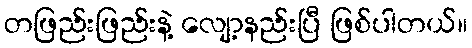
တဖြည်းဖြည်းနဲ့ လျော့နည်းပြီ ဖြစ်ပါတယ်။